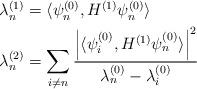
LaTeX: \begin{align*} \begin{aligned} &\lambda_{n}^{(1)} = \langle \psi^{(0)}_{n}, H^{(1)}\psi^{(0)}_{n}\rangle \\ &\lambda_{n}^{(2)} = \sum_{i \neq n} \frac{ \left| \langle \psi^{(0)}_{i}, H^{(1)}\psi^{(0)}_{n}\rangle \right|^{2}}{\lambda_{n}^{(0)}-\lambda_{i}^{(0)}} \end{aligned}\end{align*}